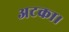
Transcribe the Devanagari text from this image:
अटका।